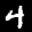
Label: 4